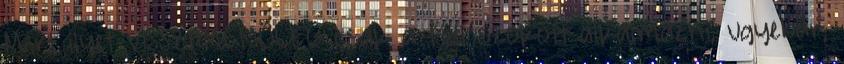
Mert ilyet VISSZAMENŐLEG csak a fidi szokott alkalmazni, ugyebár,